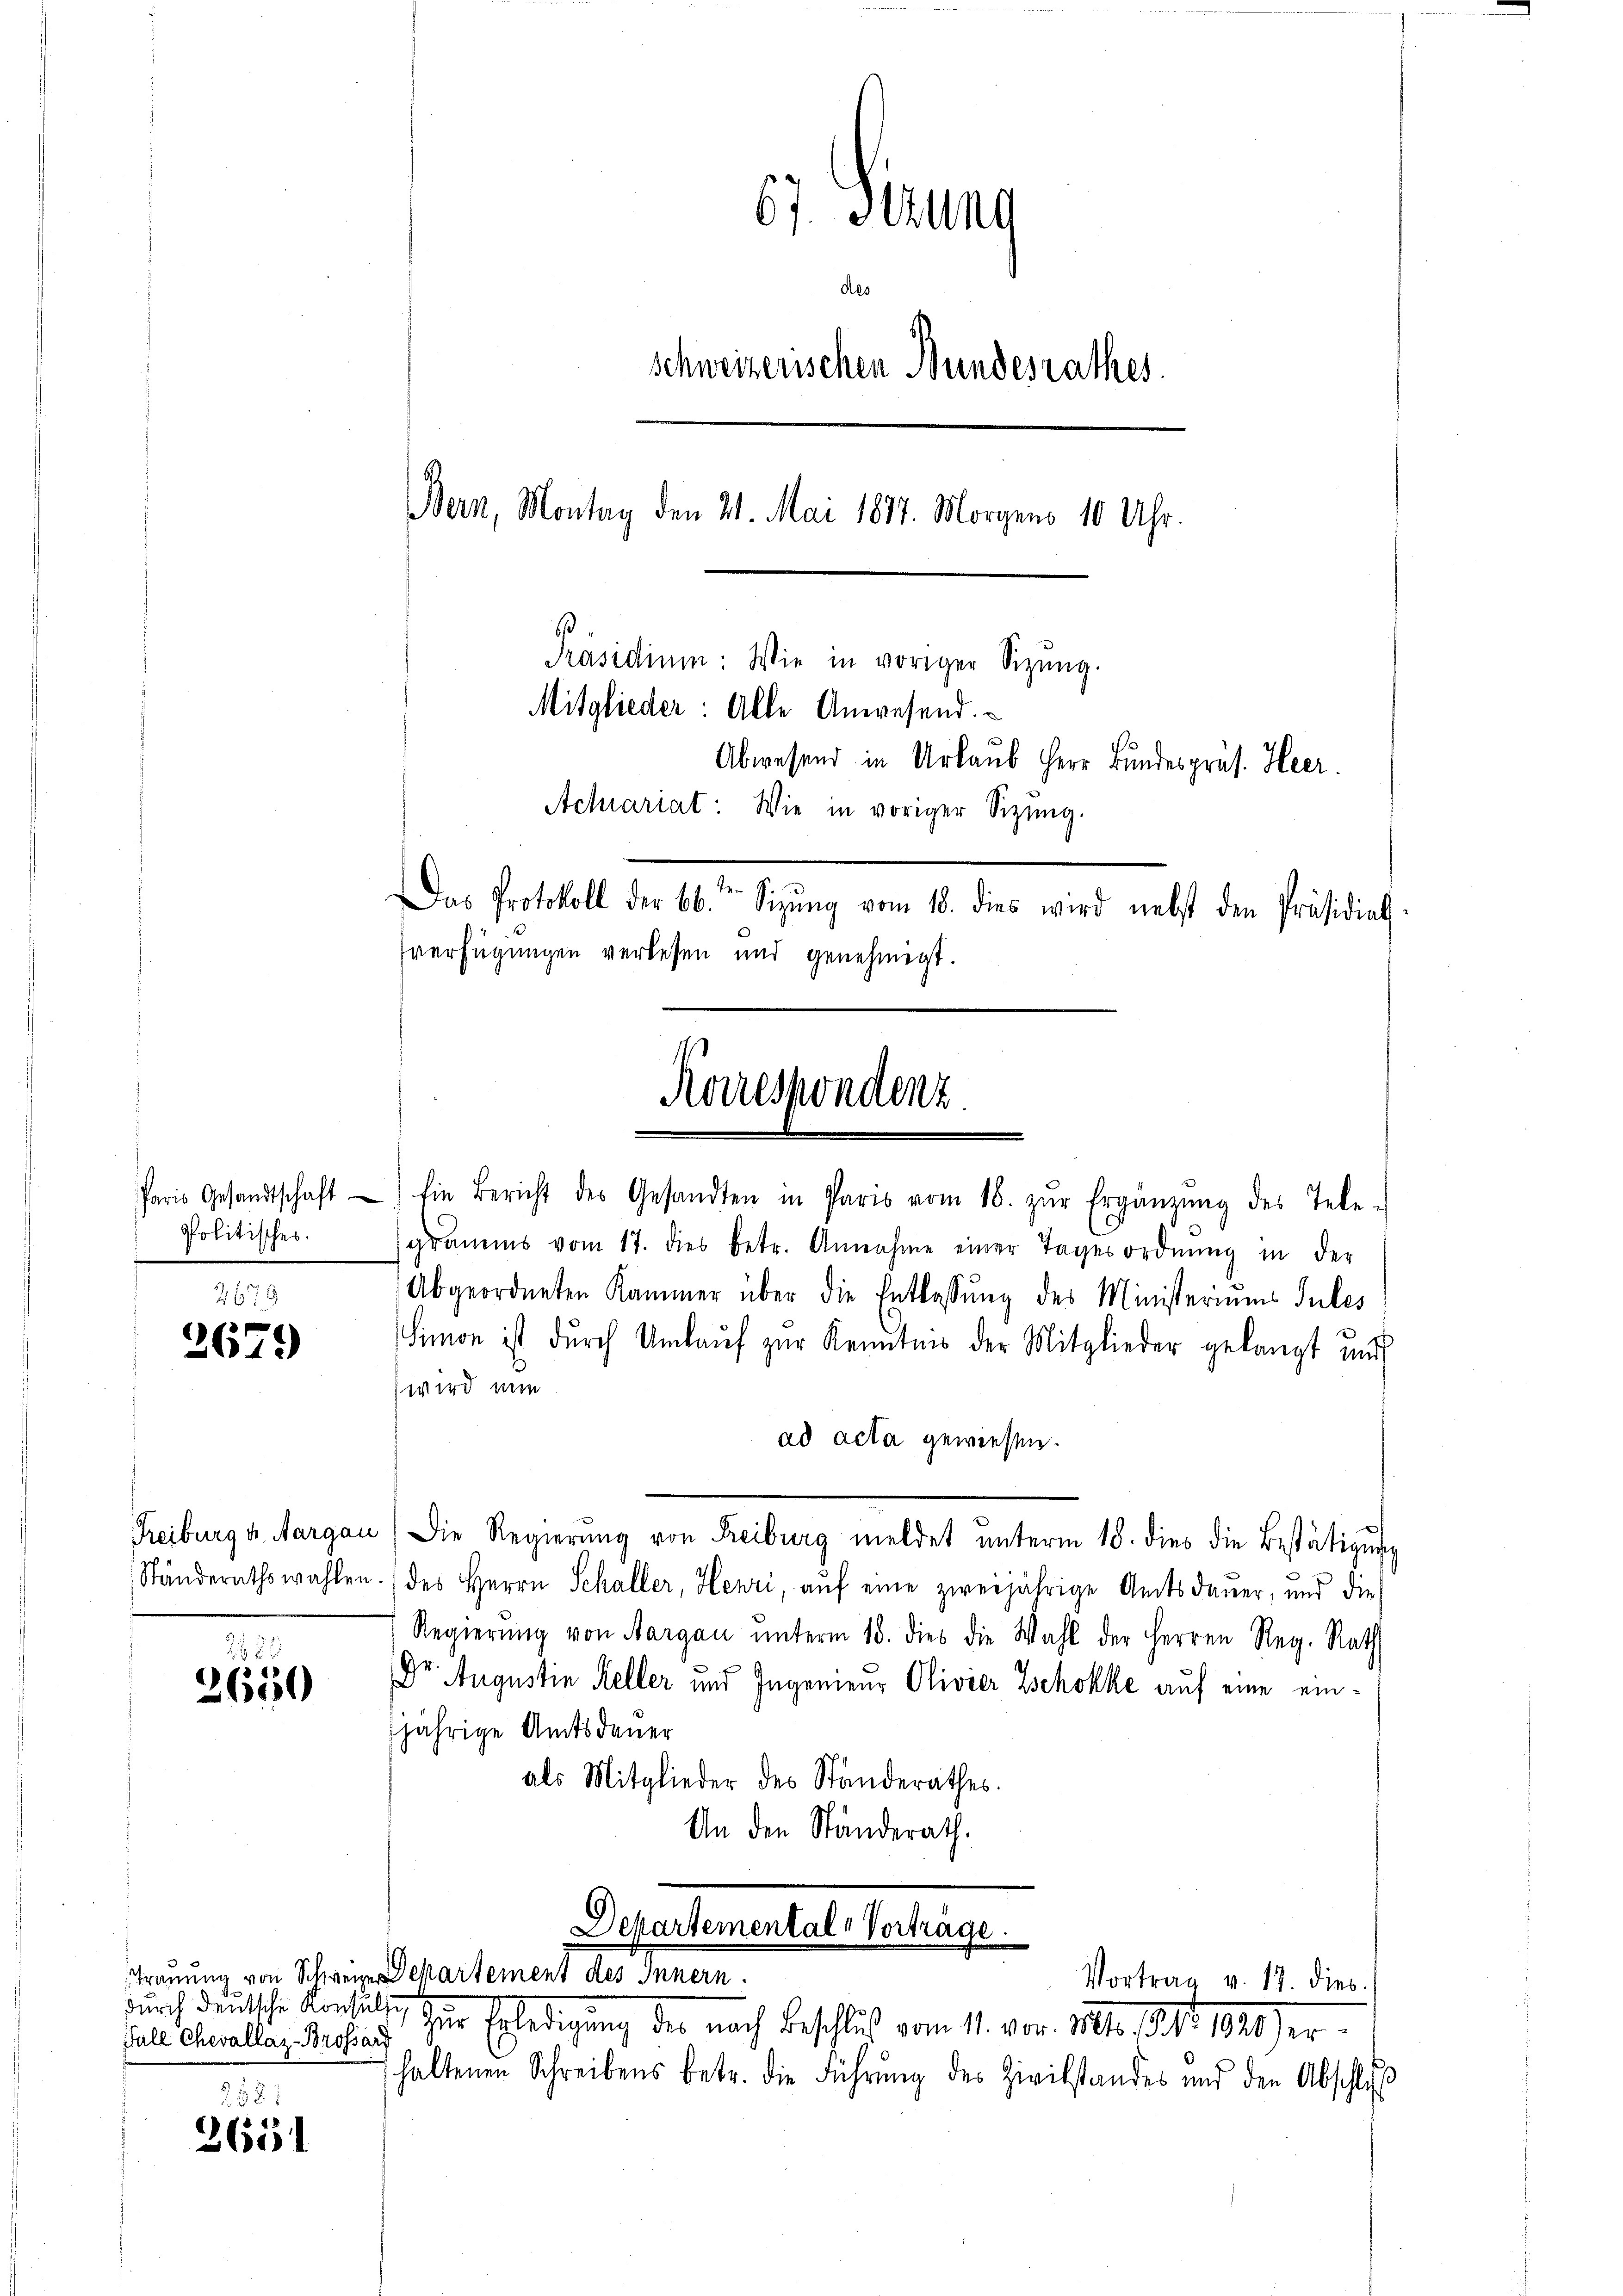
Paris Gesandtschaft
Politisches.

2673
2679

2883
4
36500

Fall Chevallaz-Brossard

2587
2651

67. Sekung
Aes
schweizerischen Bundesrathes.
Bern, Montag den 21. Mai 1877. Morgens 10 Uhr.
Präsidium: Wie in voriger Sizŭng.
Mitglieder: Alle Anwesend.
Abwesend in Urlaub Herr Bundespräs. Heer.
Achiariat: Wie in voriger Sizung.
Das Protokoll der 66. Sitzŭng vom 18. dies wird nebst den Präsidial-
verfügungen verlesen und genehmigt.

Ein Bericht des Gesandten in Paris vom 18. zŭr Ergänzŭng des Tele-
gramms vom 17. dies betr. Annahme einer Tagesordnŭng in der
Abgeordneten Kammer über die Entlassŭng des Ministeriums Sules
Simon ist dŭrch Umlaŭf zŭr Kenntnis der Mitglieder gelangt und
wird nun
ad acta gewiesen.
Freiburg u. Aargau) Die Regierŭng von Freiburg meldet unterm 18. dies die Bestätigung
Ständerathswahlen des Herrn Schaller, Henri, auf eine zweijährige Amtsdauer, und die
Regierŭng von Aargau ŭnterm 18. dies die Wahl der Herren Reg. Rath
Dr. Augustin Keller und Ingenieur Olivier Zschokke auf eine einjährige Amtsdauer
als Mitglieder des Standerathes.
An den Ständerath.

Trauung von Schweize Departement des Innern.
durch deutsche Verhält, zur Erledigung der nach Beschluß vom 11. von 1811., der 1910 er
haltenen Schreibens betr. die Führŭng des Zivilstandes und den Abschlu

Korrespondenz

Departementale Vorträge.
Vortrag v. 17. dies